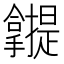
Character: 𰔾